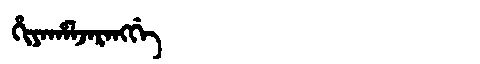
Manchu: ᡥᡳᠶᠠᡥᠠᠯᠵᠠᡵᠠᠩᡤᡝ
Romanization: HIYAHALJARANGGE